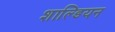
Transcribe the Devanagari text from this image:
शाल्डियन